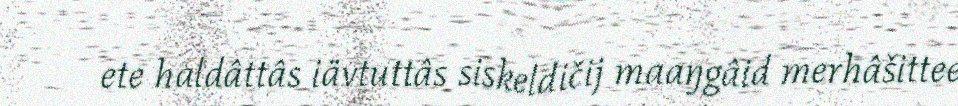
ete haldâttâs iävtuttâs siskeldičij maaŋgâid merhâšittee